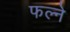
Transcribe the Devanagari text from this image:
फल्ने